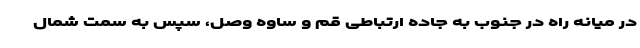
در میانه راه در جنوب به جاده ارتباطی قم و ساوه وصل، سپس به سمت شمال